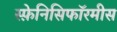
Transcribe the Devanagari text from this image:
स्फ़ेनिसिफॉरमीस